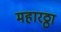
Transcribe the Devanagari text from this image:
महारठ्ठा